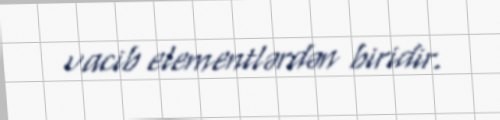
vacib elementlərdən biridir.